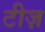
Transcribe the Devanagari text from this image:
टीज़